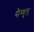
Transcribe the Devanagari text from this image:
सैम्युल्